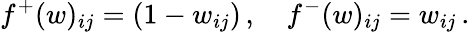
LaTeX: f^{+}(w)_{ij}=(1-w_{ij})\, ,\quad f^{-}(w)_{ij}=w_{ij}\, .